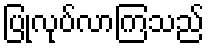
ပြုလုပ်လာကြသည်